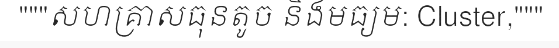
"""សហគ្រាសធុនតូច និងមធ្យម: Cluster,"""